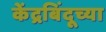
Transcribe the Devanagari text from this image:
केंद्रबिंदूच्या